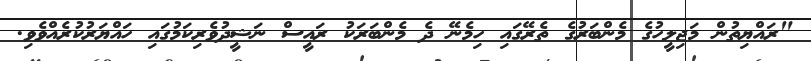
"ރައްޔިތުން މަޖިލީހުގެ މެންބަރުގެ ތެރޭގައި ހިމެނޭ ދެ މެންބަރަކު ރައީސް ނަޝީދުވެރިކަމުގައި ހައްޔަރުކުރެއްވެވި.